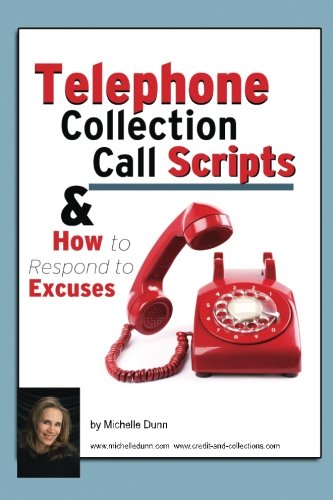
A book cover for Telephone Collection call Scripts & How to respond to Excuses: A Guide for Bill Collectors (The Collecting Money Series) (Volume 13); Michelle Dunn; Business & Money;